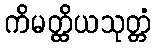
ကိမတ္ထိယသုတ္တံ